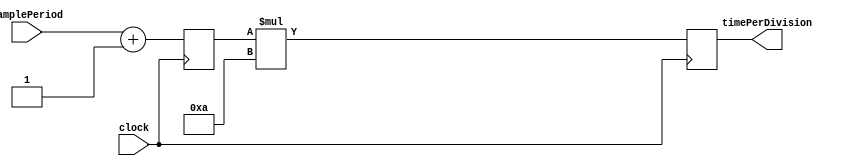
`timescale 1ns / 1ps


module SamplePeriodToTimePerDivision
    #(parameter SAMPLE_PERIOD_BITS = 6,
                SAMPLE_PERIOD_BITS_PLUS_ONE = 7,
                TIME_PER_DIVISION_BITS = 10)
    (input clock,
    input [SAMPLE_PERIOD_BITS-1:0] samplePeriod,
    output reg [TIME_PER_DIVISION_BITS-1:0] timePerDivision
    );
    
    reg [SAMPLE_PERIOD_BITS_PLUS_ONE-1:0] samplePeriodPlusOne;
    
    
    always @ (posedge clock) begin
        //cycle 0
        samplePeriodPlusOne <= samplePeriod + 1;
        
        //cycle 1
        timePerDivision <= samplePeriodPlusOne * 10;
    end
    
endmodule